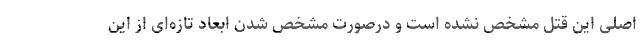
اصلی این قتل مشخص نشده است و درصورت مشخص شدن ابعاد تازه‌ای از این